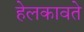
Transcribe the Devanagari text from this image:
हेलकावते